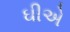
ઘીએ